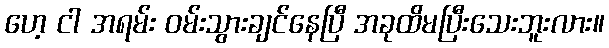
ဟေ့ ငါ အရမ်း ဝမ်းသွားချင်နေပြီ အခုထိမပြီးသေးဘူးလား။